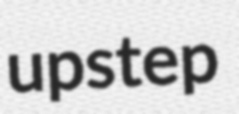
upstep